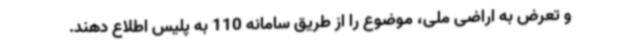
و تعرض به اراضی ملی، موضوع را از طریق سامانه 110 به پلیس اطلاع دهند.